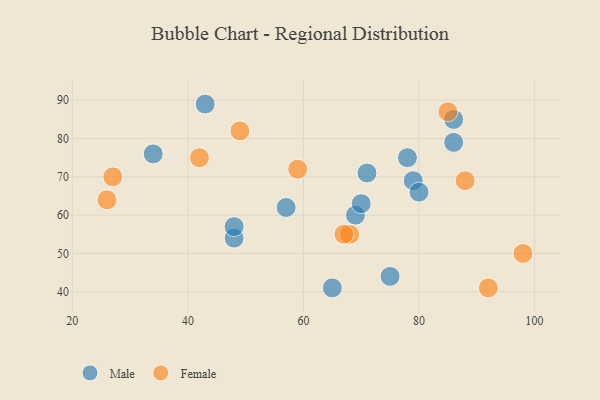
{"axis": {"x": "GDP", "y": "Life Expectancy"}, "legend": ["Female", "Male"], "data": [{"x": "86", "y": 85, "type": "Male"}, {"x": "86", "y": 79, "type": "Male"}, {"x": "79", "y": 69, "type": "Male"}, {"x": "34", "y": 76, "type": "Male"}, {"x": "43", "y": 89, "type": "Male"}, {"x": "69", "y": 60, "type": "Male"}, {"x": "80", "y": 66, "type": "Male"}, {"x": "75", "y": 44, "type": "Male"}, {"x": "65", "y": 41, "type": "Male"}, {"x": "70", "y": 63, "type": "Male"}, {"x": "78", "y": 75, "type": "Male"}, {"x": "48", "y": 54, "type": "Male"}, {"x": "57", "y": 62, "type": "Male"}, {"x": "71", "y": 71, "type": "Male"}, {"x": "48", "y": 57, "type": "Male"}, {"x": "49", "y": 82, "type": "Female"}, {"x": "85", "y": 87, "type": "Female"}, {"x": "42", "y": 75, "type": "Female"}, {"x": "68", "y": 55, "type": "Female"}, {"x": "92", "y": 41, "type": "Female"}, {"x": "59", "y": 72, "type": "Female"}, {"x": "26", "y": 64, "type": "Female"}, {"x": "67", "y": 55, "type": "Female"}, {"x": "98", "y": 50, "type": "Female"}, {"x": "88", "y": 69, "type": "Female"}, {"x": "27", "y": 70, "type": "Female"}]}